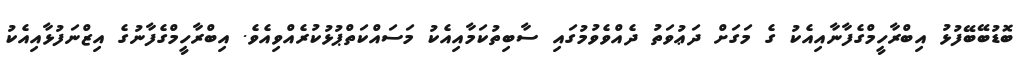
ބޮޑުބޭބޭފުޅު އިބްރާހީމްގެފާނާއިއެކު ގެ މަގަށް ދަޢުވަތު ދެއްވެވުމުގައި ސާބިތުކަމާއިއެކު މަސައްކަތްޕުޅުކުރެއްވިއެވެ. އިބްރާހީމްގެފާނުގެ އިޒްނަފުޅާއިއެކު